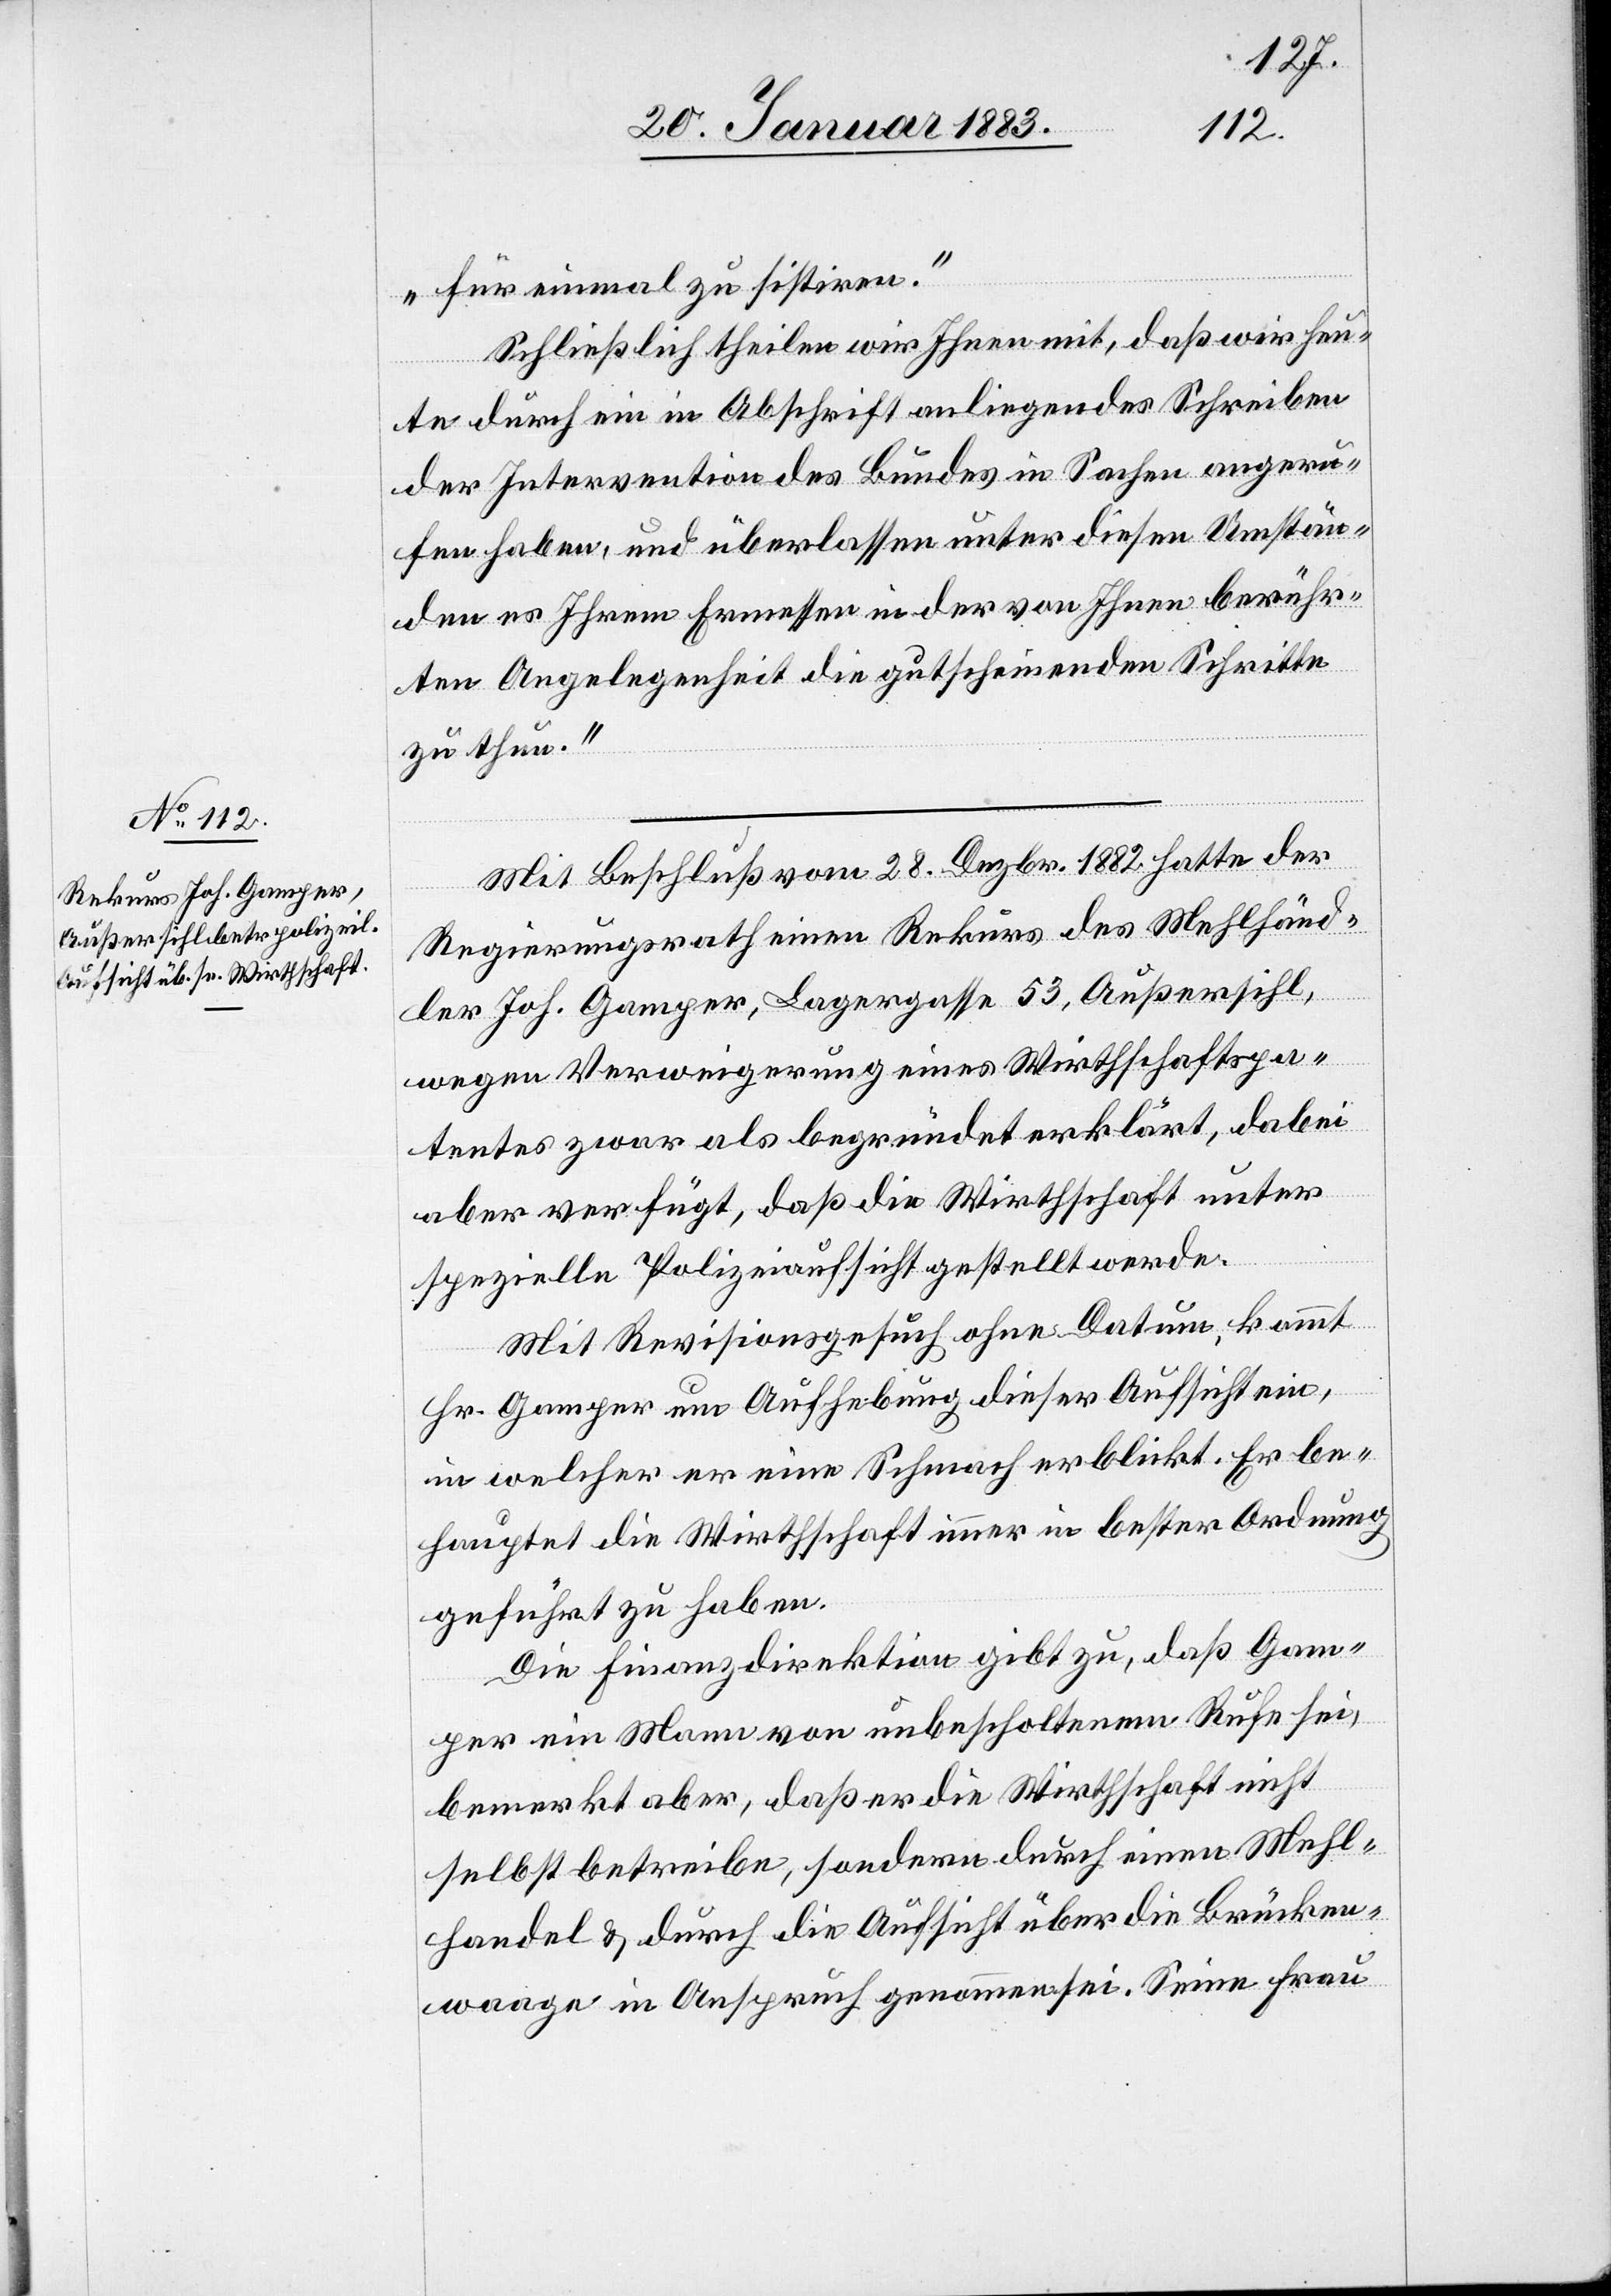
für einmal zu sistiren.“
Schließlich theilen wir Ihnen mit, daß wir heu¬
te durch ein in Abschrift anliegendes Schreiben
der Intervention des Bundes in Sachen angeru¬
fen haben, und überlassen unter diesen Umstän¬
den es Ihrem Ermessen in der von Ihnen berühr¬
ten Angelegenheit die gutscheinenden Schritte
zu thun.“
Mit Beschluß vom 28. Dezbr. 1882 hatte der
Regierungsrath einen Rekurs des Mehlhänd¬
ler Joh. Gamper, Lagergasse 53, Außersihl,
wegen Verweigerung eines Wirthschaftspa¬
tentes zwar als begründet erklärt, dabei
aber verfügt, daß die Wirthschaft unter
spezielle Polizeiaufsicht gestellt werde.
Mit Revisionsgesuch ohne Datum, kommt
Hr. Gamper um Aufhebung dieser Aufsicht ein,
in welcher er eine Schmach erblickt. Er be¬
hauptet die Wirthschaft immer in bester Ordnung
geführt zu haben.
Die Finanzdirektion gibt zu, daß Gam¬
per ein Mann von unbescholtenem Rufe sei,
bemerkt aber, daß er die Wirthschaft nicht
selbst betreibe, sondern durch einen Mehl¬
handel & durch die Aufsicht über die Brücken¬
waage in Anspruch genommen sei. Seine Frau